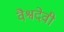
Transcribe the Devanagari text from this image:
वैश्वदेवी